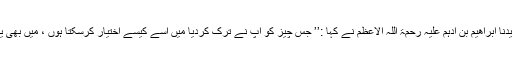
‘‘ یہ سن کر حضرت سیدنا ابراھیم بن ادہم علیہ رحمۃ اللہ الاعظم نے کہا :’’ جس چیز کو آپ نے ترک کردیا میں اسے کیسے اختیار کرسکتا ہوں ، میں بھی یہ کھانا نہیں کھاؤں گا ۔